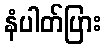
နံပါတ်ပြား